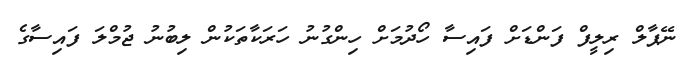
ނޭޕާލް ރިލީފް ފަންޑަށް ފައިސާ ހޯދުމަށް ހިންގުނު ހަރަކާތަކުން ލިބުނު ޖުމްލަ ފައިސާގެ